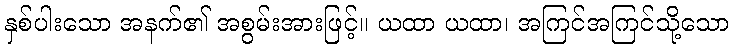
နှစ်ပါးသော အနက်၏ အစွမ်းအားဖြင့်။ ယထာ ယထာ၊ အကြင်အကြင်သို့သော